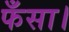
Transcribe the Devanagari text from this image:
फँसा।